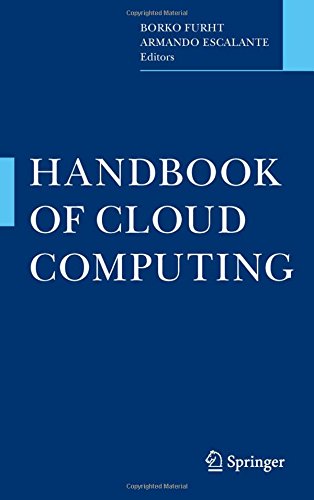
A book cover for Handbook of Cloud Computing; Computers & Technology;